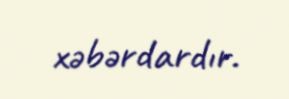
xəbərdardır.